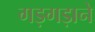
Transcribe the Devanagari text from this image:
गड़गड़ाने